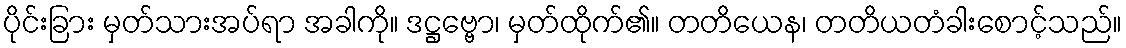
ပိုင်းခြား မှတ်သားအပ်ရာ အခါကို။ ဒဋ္ဌဗ္ဗော၊ မှတ်ထိုက်၏။ တတိယေန၊ တတိယတံခါးစောင့်သည်။